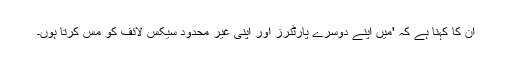
ان کا کہنا ہے کہ 'میں اپنے دوسرے پارٹنرز اور اپنی غیر محدود سیکس لائف کو مس کرتا ہوں۔